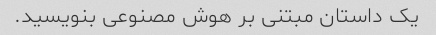
یک داستان مبتنی بر هوش مصنوعی بنویسید.